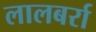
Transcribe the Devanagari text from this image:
लालबर्रा